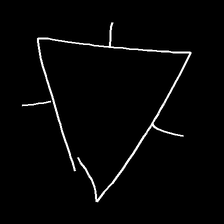
Glyph: fire